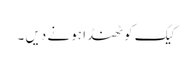
کیک کو ٹھنڈا ہو نے دیں ۔